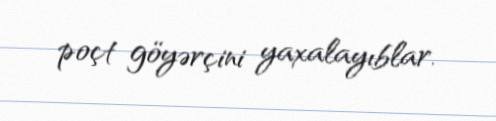
poçt göyərçini yaxalayıblar.